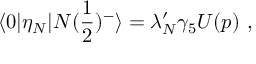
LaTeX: \langle 0 | \eta _ { N } | N ( { \frac { 1 } { 2 } } ) ^ { - } \rangle = \lambda _ { N } ^ { \prime } \gamma _ { 5 } U ( p ) \ ,